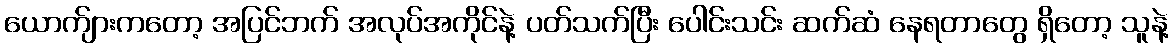
ယောက်ျားကတော့ အပြင်ဘက် အလုပ်အကိုင်နဲ့ ပတ်သက်ပြီး ပေါင်းသင်း ဆက်ဆံ နေရတာတွေ ရှိတော့ သူနဲ့